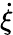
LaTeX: \dot{\xi}